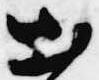
出